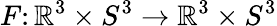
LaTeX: F\colon\mathbb{R}^{3}\times S^{3}\rightarrow\mathbb{R}^{3}\times S^{3}